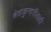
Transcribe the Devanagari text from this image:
बेताकुन्दरीडाही